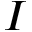
I